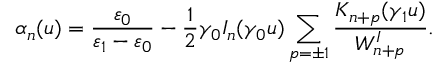
\alpha _ { n } ( u ) = \frac { \varepsilon _ { 0 } } { \varepsilon _ { 1 } - \varepsilon _ { 0 } } - \frac { 1 } { 2 } \gamma _ { 0 } I _ { n } ( \gamma _ { 0 } u ) \sum _ { p = \pm 1 } \frac { K _ { n + p } ( \gamma _ { 1 } u ) } { W _ { n + p } ^ { I } } .